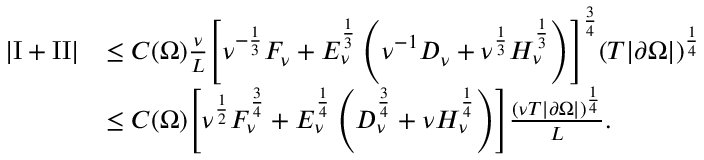
\begin{array} { r l } { \left\lvert \mathrm I + \mathrm { I I } \right\rvert } & { \le C ( \Omega ) \frac \nu L \Biggl [ \nu ^ { - \frac 1 3 } F _ { \nu } + E _ { \nu } ^ { \frac 1 3 } \left( \nu ^ { - 1 } D _ { \nu } + \nu ^ { \frac 1 3 } H _ { \nu } ^ { \frac 1 3 } \right) \Biggr ] ^ { \frac 3 4 } ( T | \partial \Omega | ) ^ { \frac 1 4 } } \\ & { \le { C ( \Omega ) } \Biggl [ \nu ^ { \frac 1 2 } F _ { \nu } ^ { \frac 3 4 } + E _ { \nu } ^ { \frac 1 4 } \left( D _ { \nu } ^ { \frac 3 4 } + \nu H _ { \nu } ^ { \frac 1 4 } \right) \Biggr ] \frac { ( \nu T | \partial \Omega | ) ^ { \frac 1 4 } } L . } \end{array}